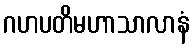
ဂဟပတိမဟာသာလာနံ